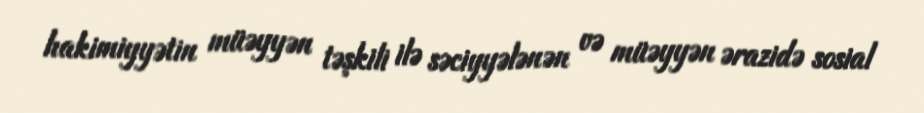
hakimiyyətin müəyyən təşkili ilə səciyyələnən və müəyyən ərazidə sosial